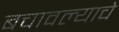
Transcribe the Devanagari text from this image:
बचावल्याचे